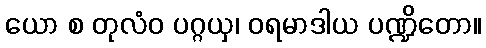
ယော စ တုလံဝ ပဂ္ဂယှ၊ ဝရမာဒါယ ပဏ္ဍိတော။